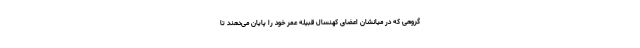
گروهی که در میانشان اعضای کهنسال قبیله عُمر خود را پایان می‌دهند تا